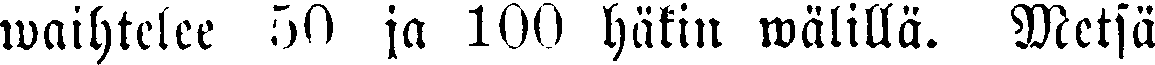
waihtelee 50 ja 100 häkin wälillä. Metsä